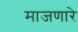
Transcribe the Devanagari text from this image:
माजणारे